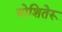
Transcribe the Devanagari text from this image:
योशितेरू